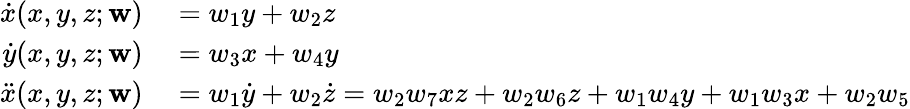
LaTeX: \begin{array}{rl}{\dot{x}(x,y,z;\mathbf{w})}&{{}=w_{1}y+w_{2}z}\\ {\dot{y}(x,y,z;\mathbf{w})}&{{}=w_{3}x+w_{4}y}\\ {\ddot{x}(x,y,z;\mathbf{w})}&{{}=w_{1}\dot{y}+w_{2}\dot{z}=w_{2}w_{7}xz+w_{2}w_{6}z+w_{1}w_{4}y+w_{1}w_{3}x+w_{2}w_{5}}\end{array}